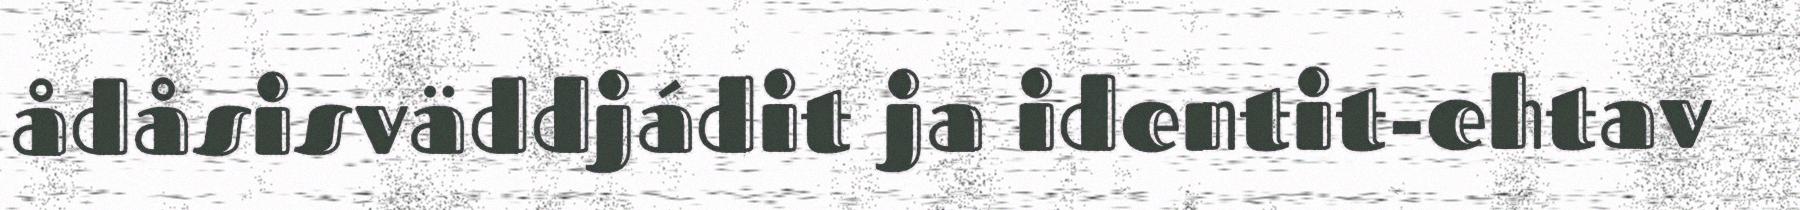
ådåsisväddjádit ja identit-ehtav